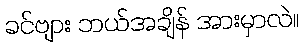
ခင်ဗျား ဘယ်အချိန် အားမှာလဲ။